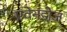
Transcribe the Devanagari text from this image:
एवेनडोज़